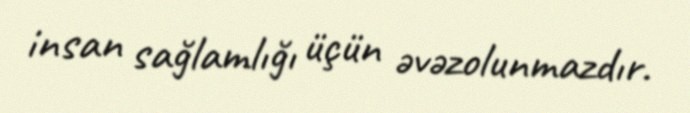
insan sağlamlığı üçün əvəzolunmazdır.